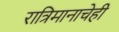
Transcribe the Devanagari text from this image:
रात्रिमानाचेही